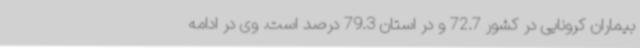
بیماران کرونایی در کشور 72.7 و در استان 79.3 درصد است. وی در ادامه